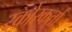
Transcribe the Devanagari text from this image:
स्कोरकर्ता